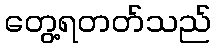
တွေ့ရတတ်သည်